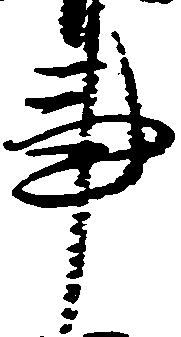
事